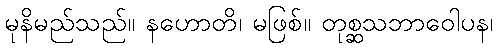
မုနိမည်သည်။ နဟောတိ၊ မဖြစ်။ တုစ္ဆသဘာဝေါပန၊